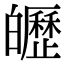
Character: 㿨